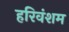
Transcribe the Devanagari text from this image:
हरिवंशम